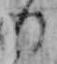
の